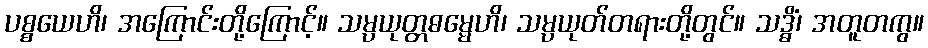
ပစ္စယေဟိ၊ အကြောင်းတို့ကြောင့်။ သမ္ပယုတ္တဓမ္မေဟိ၊ သမ္ပယုတ်တရားတို့တွင်။ သဒ္ဓိံ၊ အတူတကွ။